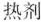
热剂